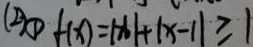
( 2 ) \textcircled { 1 } f ( x ) = \vert x \vert + \vert x - 1 \vert \geq 1